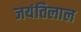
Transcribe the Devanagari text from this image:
जयंतिलाल